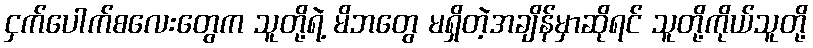
ငှက်ပေါက်စလေးတွေက သူတို့ရဲ့ မိဘတွေ မရှိတဲ့အချိန်မှာဆိုရင် သူတို့ကိုယ်သူတို့